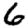
Digit: 6